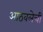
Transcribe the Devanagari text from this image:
आठवलेची